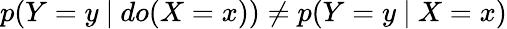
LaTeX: p(Y=y~\vert~do(X=x))\neq p(Y=y~\vert~X=x)